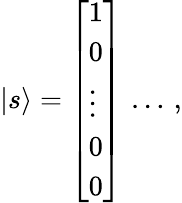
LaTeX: |s\rangle={\left[\begin{array}{l}{1}\\ {0}\\ {\vdots}\\ {0}\\ {0}\end{array}\right]}\, \ldots\, ,